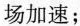
场加速；